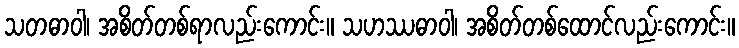
သတဓာဝါ၊ အစိတ်တစ်ရာလည်းကောင်း။ သဟဿဓာဝါ၊ အစိတ်တစ်ထောင်လည်းကောင်း။